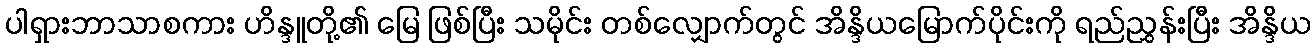
ပါရှားဘာသာစကား ဟိန္ဒူတို့၏ မြေ ဖြစ်ပြီး သမိုင်း တစ်လျှောက်တွင် အိန္ဒိယမြောက်ပိုင်းကို ရည်ညွှန်းပြီး အိန္ဒိယ